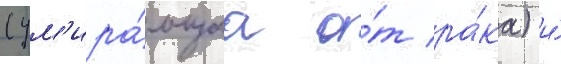
(ум'ира́ющаа о́т ра́ка) и́